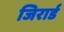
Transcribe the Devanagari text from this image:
जिरार्ड